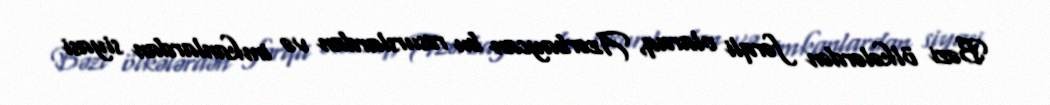
Bəzi ölkələrdən fərqli olaraq, Azərbaycan bu resurslardan və imkanlardan siyasi